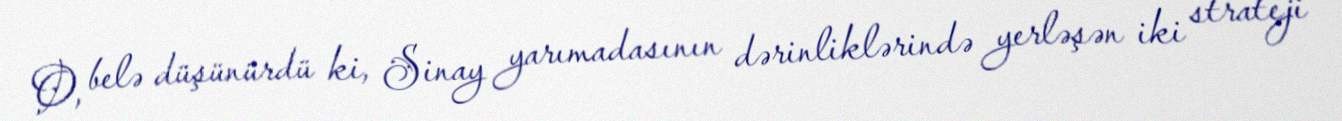
O, belə düşünürdü ki, Sinay yarımadasının dərinliklərində yerləşən iki strateji